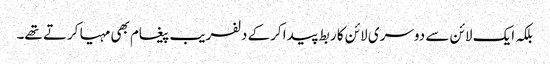
بلکہ ایک لائن سے دوسری لائن کا ربط پیدا کرکے دلفریب پیغام بھی مہیا کرتے تھے۔